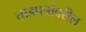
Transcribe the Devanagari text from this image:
ताडपत्रांवरील